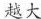
越大